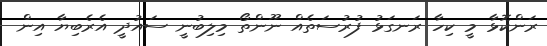
ރަންކޮޅާ މީ ކިހާ ރަނގަޅު ފުރުސަތެެއް ނޫންތޯ މިލިބުނީ ސައުދީ އެރެބިޔާ އިން